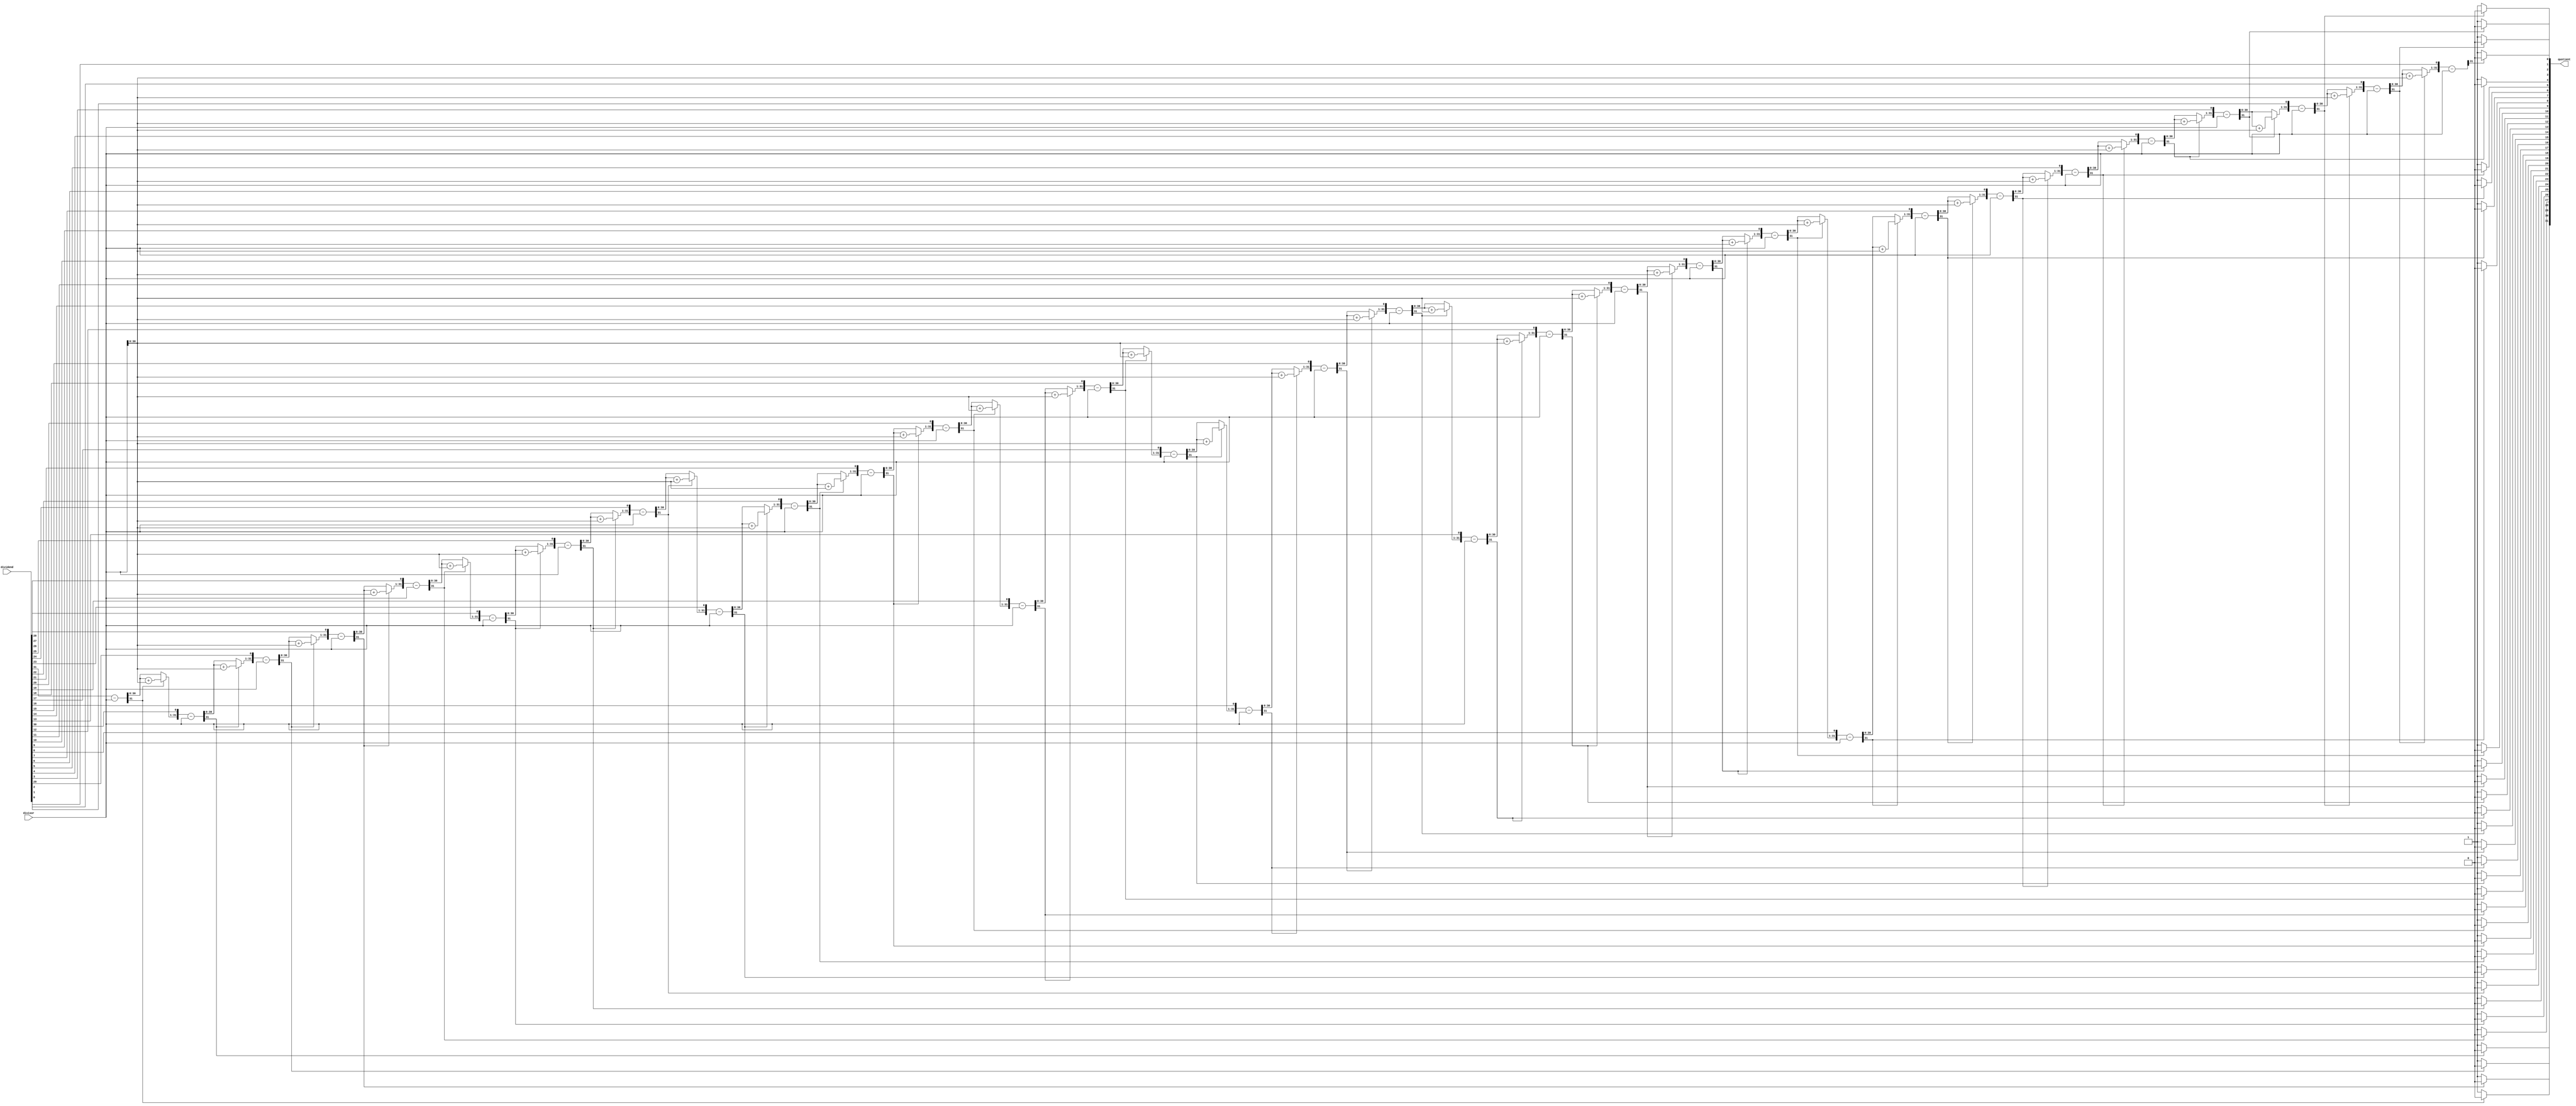
`timescale 1ns / 1ps

module divide(input [31:0] dividend, divisor, output reg [31:0] quotient);
    reg [31:0] m, q;
    reg [32:0] a;
    integer i;

    always @ (*)
    begin
        begin
        q = dividend;
        m = divisor;
        a = 0;
        for(i = 0; i < 32; i = i+1)
        begin
            a = {a[30:0], q[31]};
            q[31:1] = q[30:0];
            a = a - m;

            if(a[31] == 1)
            begin
                q[0] = 0;
                a = a + m;
            end
            else
            begin
                q[0] = 1;
            end
        end
        quotient = q;
          end
    end 

endmodule


/*module division(clk, dividend, divisor, Q, R, ready);

input clk;
input [15:0] dividend, divisor;
output[15:0] Q, R;
output ready;

reg[31:0] copyDivi, copyDivis, difference;
reg[31:0] bit;
reg [15:0] Q;

assign ready = !bit;
assign remainder = copyDivi[15:0];
initial bit = 0;

always @ (posedge clk)

if (ready)
begin 
	bit = 16;
	Q=0;
	copyDivi = {16'd0,dividend}; //copy and shift for next rotation
	
	copyDivis = {1'b0, 15'd0};
end
	else
begin
difference = copyDivi - copyDivis;

Q = Q<<1;

	if(!difference[31])
begin
	copyDivi = difference;
	Q[0] = 1'd1;
end

	copyDivis = copyDivi >>1;
	bit = bit-1;
end
endmodule
 

*/

/*
module divide_32 (
	input signed [31:0] dividend, 
	input signed [31:0] divisor,
	output reg [63:0] out
);

	reg [63:32] high, low;
	always@(*)
	begin
		high = dividend % divisor;
		low = (dividend - high)/divisor;
		begin
			out = {high, low};
		end
	end
endmodule
*/